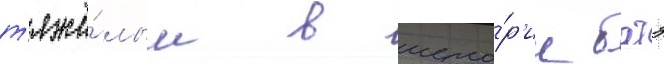
т'яжё́лым в исто́р'ии батэ